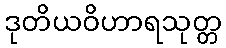
ဒုတိယဝိဟာရသုတ္တ